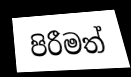
පිරීමත්